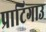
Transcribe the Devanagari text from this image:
प्राटिगाउ